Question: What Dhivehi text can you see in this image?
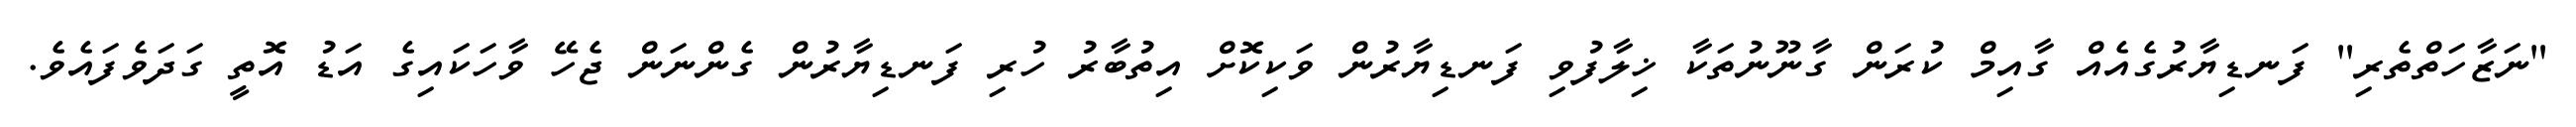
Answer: "ނަޒާހަތްތެރި" ފަނޑިޔާރުގެއެއް ގާއިމް ކުރަން ގާނޫނުތަކާ ޚިލާފުވި ފަނޑިޔާރުން ވަކިކޮށް އިތުބާރު ހުރި ފަނޑިޔާރުން ގެންނަން ޖެހޭ ވާހަކައިގެ އަޑު އޮތީ ގަދަވެފައެވެ.